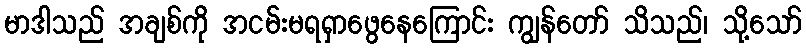
မာဒါသည် အချစ်ကို အငမ်းမရရှာဖွေနေကြောင်း ကျွန်တော် သိသည်၊ သို့သော်